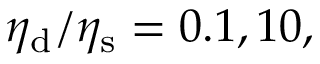
\eta _ { \mathrm { d } } / \eta _ { \mathrm { s } } = 0 . 1 , 1 0 ,